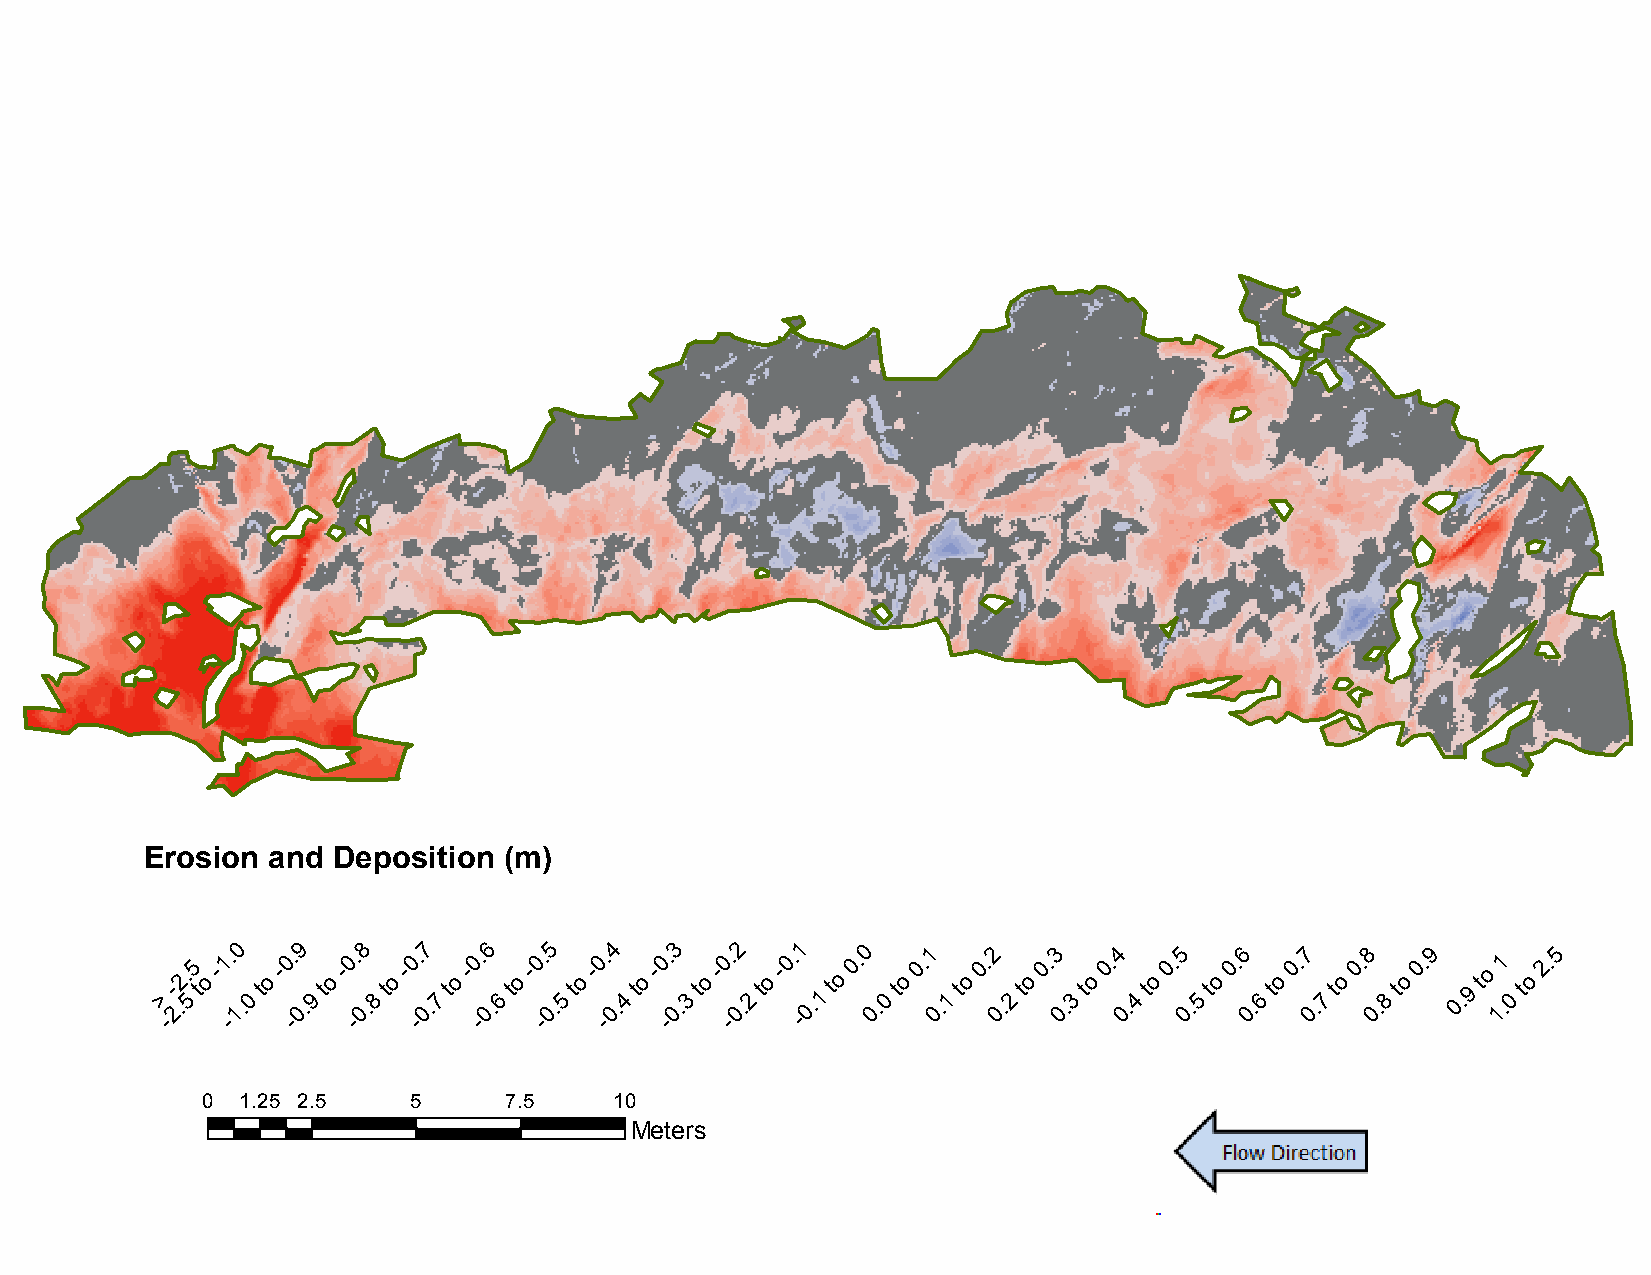
B2:    November          2012     to   November          2013
 Erosion and Deposition (m)
 >
 -
 -
 2.2.
 5
 5
 t
 o
 -1 -. 10
 .0
 to
 -0 -. 09
 .9
 to
 -0 -. 08
 .8
 to
 -0 -. 07
 .7
 to
 -0 -. 06
 .6
 to
 -0 -. 05
 .5
 to
 -0 -. 04
 .4
 to
 -0 -. 03
 .3
 to
 -0 -. 02
 .2
 to
 -0. -1
 0.1
 to
 0. 0
 0.
 0
 to
 0.1
 0
 .1
 to
 0.2
 0
 .2
 to
 0.3
 0
 .3
 to
 0.4
 0.
 4
 to
 0.5
 0.
 5
 to
 0.6
 0.
 6
 to
 0.7
 0.
 7
 to
 0.8
 0.
 8
 to
 0.9
 0
 .9
 to
 11
 .0
 to
 2.5
 0  1.25 2.5   5      7.5    10
 Meters